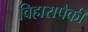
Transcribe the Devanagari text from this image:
विहारापैकी